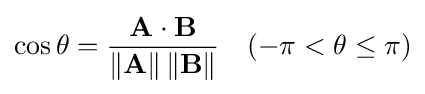
\cos \theta ={\frac {\mathbf {A} \cdot \mathbf {B} }{\left\|\mathbf {A} \right\|\left\|\mathbf {B} \right\|}}\quad (-\pi <\theta \leq \pi )